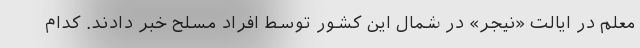
معلم در ایالت «نیجر» در شمال این کشور توسط افراد مسلح خبر دادند. کدام